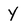
Character: Y